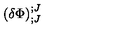
\left( \delta \Phi \right) _ { ; J } ^ { ; J }